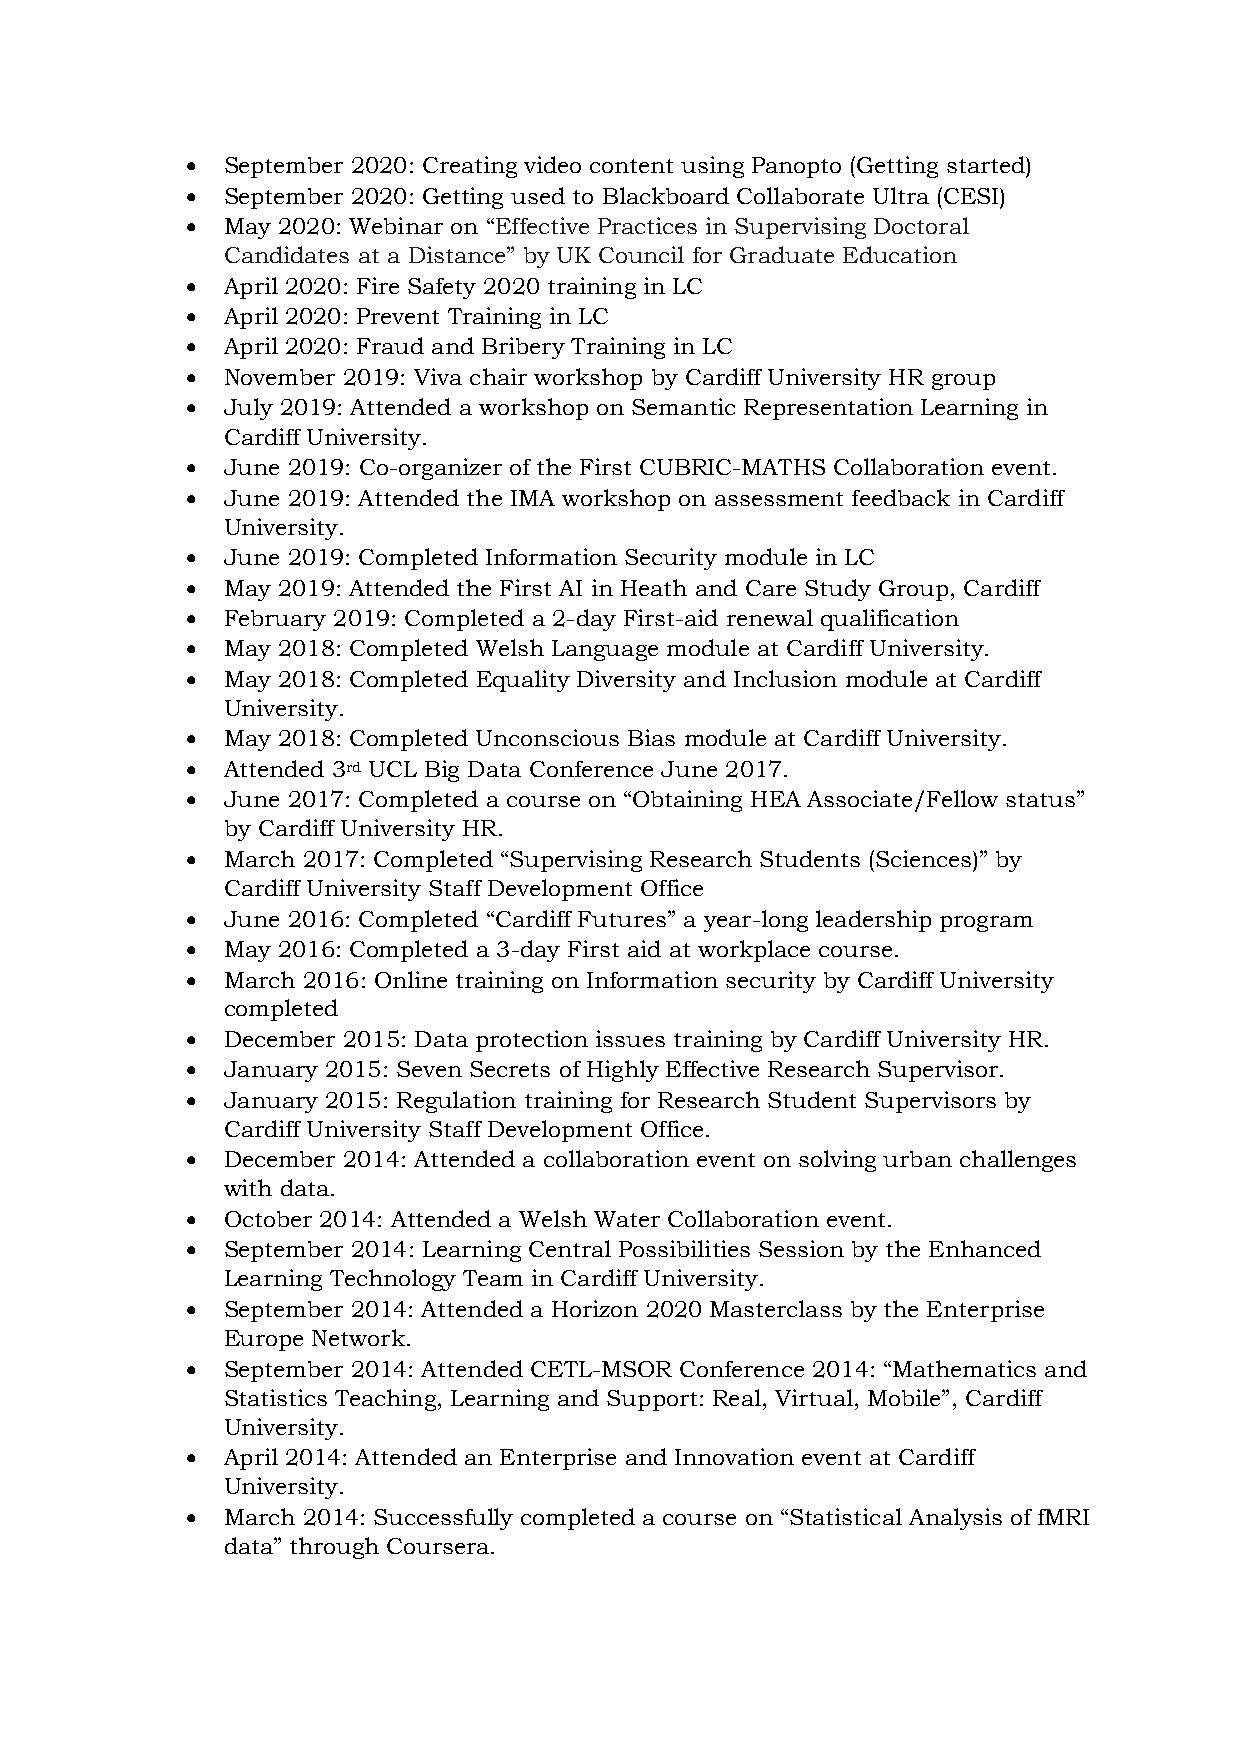
  September 2020: Creating video content using Panopto (Getting started)
   September 2020: Getting used to Blackboard Collaborate Ultra (CESI)
   May 2020: Webinar on “Effective Practices in Supervising Doctoral
 Candidates at a Distance” by UK Council for Graduate Education
   April 2020: Fire Safety 2020 training in LC
   April 2020: Prevent Training in LC
   April 2020: Fraud and Bribery Training in LC
   November 2019: Viva chair workshop by Cardiff University HR group
   July 2019: Attended a workshop on Semantic Representation Learning in
 Cardiff University.
   June 2019: Co-organizer of the First CUBRIC-MATHS Collaboration event.
   June 2019: Attended the IMA workshop on assessment feedback in Cardiff
 University.
   June 2019: Completed Information Security module in LC
   May 2019: Attended the First AI in Heath and Care Study Group, Cardiff
   February 2019: Completed a 2-day First-aid renewal qualification
   May 2018: Completed Welsh Language module at Cardiff University.
   May 2018: Completed Equality Diversity and Inclusion module at Cardiff
 University.
   May 2018: Completed Unconscious Bias module at Cardiff University.
   Attended 3rd UCL Big Data Conference June 2017.
   June 2017: Completed a course on “Obtaining HEA Associate/Fellow status”
 by Cardiff University HR.
   March 2017: Completed “Supervising Research Students (Sciences)” by
 Cardiff University Staff Development Office
   June 2016: Completed “Cardiff Futures” a year-long leadership program
   May 2016: Completed a 3-day First aid at workplace course.
   March 2016: Online training on Information security by Cardiff University
 completed
   December 2015: Data protection issues training by Cardiff University HR.
   January 2015: Seven Secrets of Highly Effective Research Supervisor.
   January 2015: Regulation training for Research Student Supervisors by
 Cardiff University Staff Development Office.
   December 2014: Attended a collaboration event on solving urban challenges
 with data.
   October 2014: Attended a Welsh Water Collaboration event.
   September 2014: Learning Central Possibilities Session by the Enhanced
 Learning Technology Team in Cardiff University.
   September 2014: Attended a Horizon 2020 Masterclass by the Enterprise
 Europe Network.
   September 2014: Attended CETL-MSOR Conference 2014: “Mathematics and
 Statistics Teaching, Learning and Support: Real, Virtual, Mobile”, Cardiff
 University.
   April 2014: Attended an Enterprise and Innovation event at Cardiff
 University.
   March 2014: Successfully completed a course on “Statistical Analysis of fMRI
 data” through Coursera.